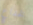
لخداع